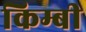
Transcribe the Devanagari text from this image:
किम्बी